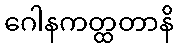
ဂေါနကတ္ထတာနိ